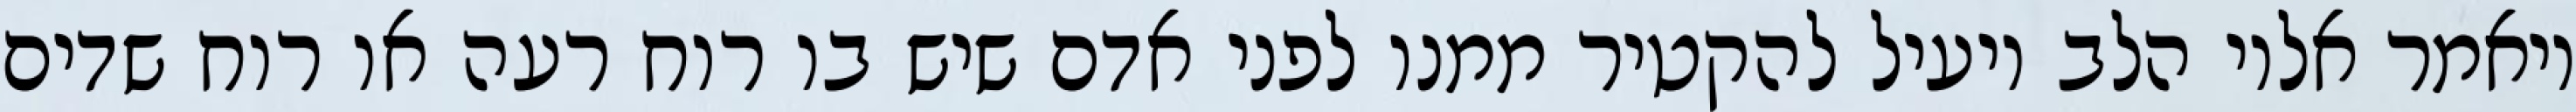
ויאמר אליו הלב יועיל להקטיר ממנו לפני אדם שיש בו רוח רעה או רוח שדים